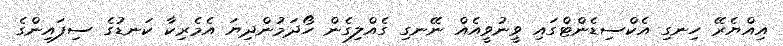
އިއްޔެރޭ ހިނގި އެކްސިޑެންޓްގައި ވީނުވީއެއް ނޭނގި ގެއްލިގެން ހޯދަމުންދިޔަ އެމެރިކާ ކަނޑުގެ ސިފައިންގެ